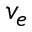
v _ { e }